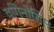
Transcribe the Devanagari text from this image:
वगिनोसिस